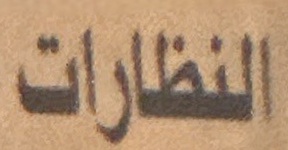
النظارات